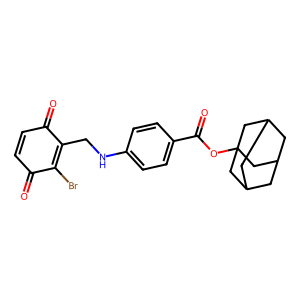
SMILES: O=C1C=CC(=O)C(CNc2ccc(C(=O)OC34CC5CC(CC(C5)C3)C4)cc2)=C1Br
Inhibits HIV replication: No